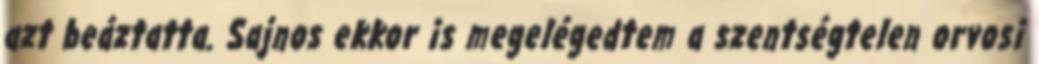
azt beáztatta. Sajnos ekkor is megelégedtem a szentségtelen orvosi